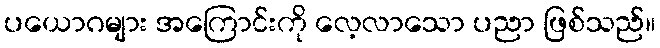
ပယောဂများ အကြောင်းကို လေ့လာသော ပညာ ဖြစ်သည်။